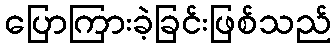
ပြောကြားခဲ့ခြင်းဖြစ်သည်